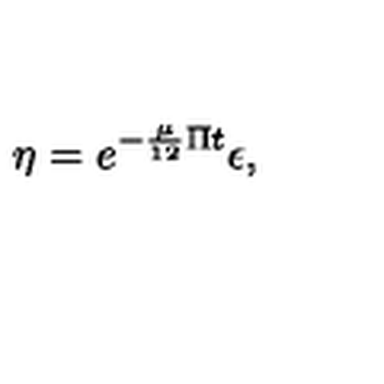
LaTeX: \eta = e ^ { - \frac { \mu } { 1 2 } \Pi t } \epsilon ,